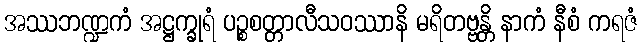
အဿဘဏ္ဍကံ အဋ္ဌက္ခုရံ ပဉ္စစတ္တာလီသဝဿာနိ မရိတဗ္ဗန္တိ နာကံ နီစံ ကရဇံ